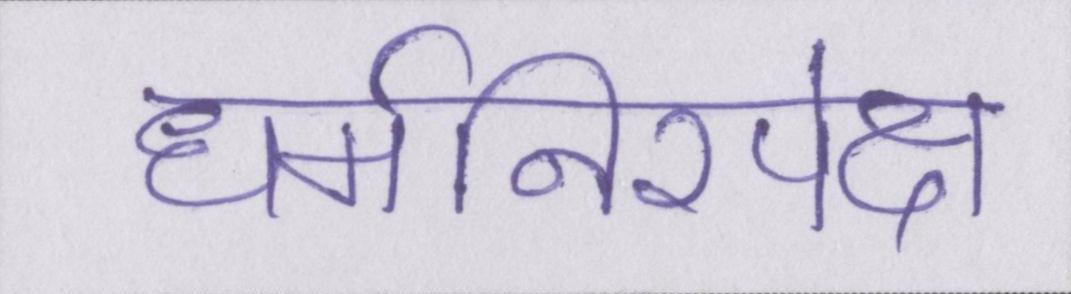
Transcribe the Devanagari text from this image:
धर्मनिरपेक्ष